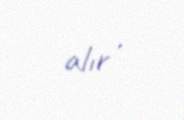
alır .